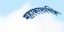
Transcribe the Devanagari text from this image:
महाकारुणिक